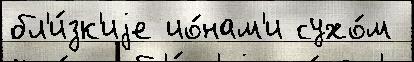
бл'и́зк'иjе ио́нам'и сухо́м